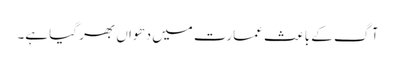
آگ کے باعث عمارت میں دھواں بھر گیا ہے۔